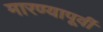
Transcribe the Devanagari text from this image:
मारण्यापूर्वी